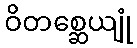
ဝိတစ္ဆေယျုံ